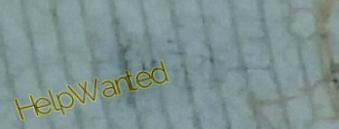
HelpWanted